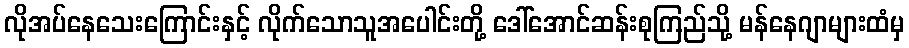
လိုအပ်နေသေးကြောင်းနှင့် လိုက်သောသူအပေါင်းတို့ ဒေါ်အောင်ဆန်းစုကြည်သို့ မန်နေဂျာများထံမှ